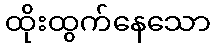
ထိုးထွက်နေသော